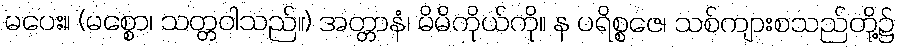
မပေး။ (မစ္စော၊ သတ္တဝါသည်။) အတ္တာနံ၊ မိမိကိုယ်ကို။ န ပရိစ္စဇေ၊ သစ်ကျားစသည်တို့၌